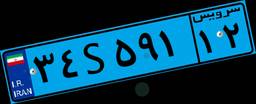
۳۴S۵۹۱۱۲